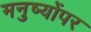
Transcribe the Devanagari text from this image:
मनुष्योंपर